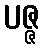
ပဇ္ဇ